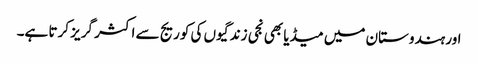
اور ہندوستان میں میڈیا بھی نجی زندگیوں کی کوریج سے اکثر گریز کرتا ہے۔